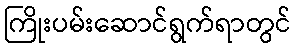
ကြိုးပမ်းဆောင်ရွက်ရာတွင်